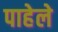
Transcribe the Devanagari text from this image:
पाहेले